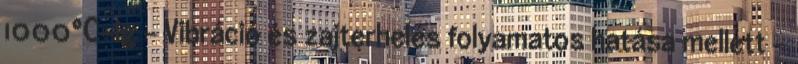
1000°C-ig - Vibráció és zajterhelés folyamatos hatása mellett -